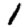
Digit: 1